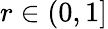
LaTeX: r\in(0,1]